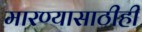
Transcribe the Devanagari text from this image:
मारण्यासाठीही